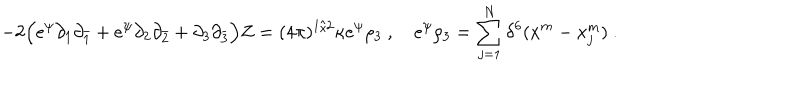
- 2 \Bigl ( e ^ { \psi } \partial _ { 1 } \partial _ { \bar { 1 } } + e ^ { \psi } \partial _ { 2 } \partial _ { \bar { 2 } } + \partial _ { 3 } \partial _ { \bar { 3 } } \Bigr ) Z = ( 4 \pi ) ^ { 1 / 2 } \kappa e ^ { \psi } \rho _ { 3 } \ , \quad e ^ { \psi } \rho _ { 3 } = \sum _ { j = 1 } ^ { N } \delta ^ { 6 } ( x ^ { m } - x _ { j } ^ { m } ) \ .